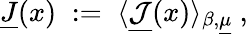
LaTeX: \underline{{{J}}}(x)\; :=\; \langle\underline{{{{\mathcal J}}}}(x)\rangle_{\beta,\underline{{{\mu}}}}~,